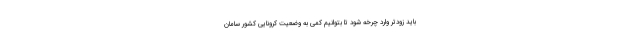
باید زودتر وارد چرخه شود تا بتوانیم کمی به وضعیت کرونایی کشور سامان